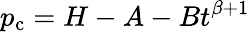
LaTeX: p_{\mathrm{c}}=H-A-Bt^{\beta+1}